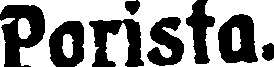
Porista.